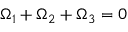
\Omega _ { 1 } + \Omega _ { 2 } + \Omega _ { 3 } = 0